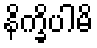
နိက္ခိပါမိ